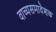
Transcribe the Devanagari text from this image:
वाच्यसमावेशक